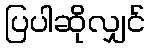
ပြပါဆိုလျှင်